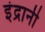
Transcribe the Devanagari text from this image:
इंद्रानी